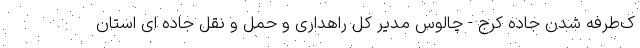
ک‌طرفه شدن جاده کرج - چالوس مدیر کل راهداری و حمل و نقل جاده ای استان